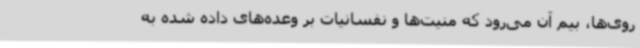
روی‌ها، بیم آن می‌رود که منیت‌ها و نفسانیات بر وعده‌های داده شده به